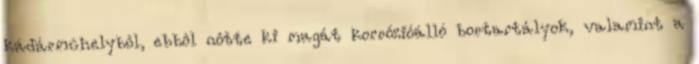
kádármûhelybôl, ebbôl nôtte ki magát korrózióálló bortartályok, valamint a